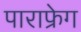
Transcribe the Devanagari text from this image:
पाराफ्रेग